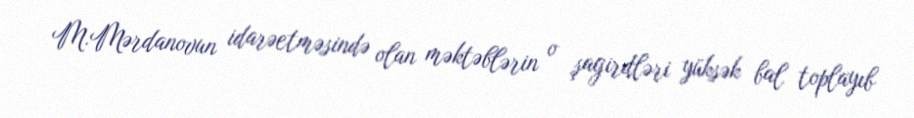
M.Mərdanovun idarəetməsində olan məktəblərin o şagirdləri yüksək bal toplayıb